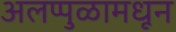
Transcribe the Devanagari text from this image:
अलप्पुळामधून